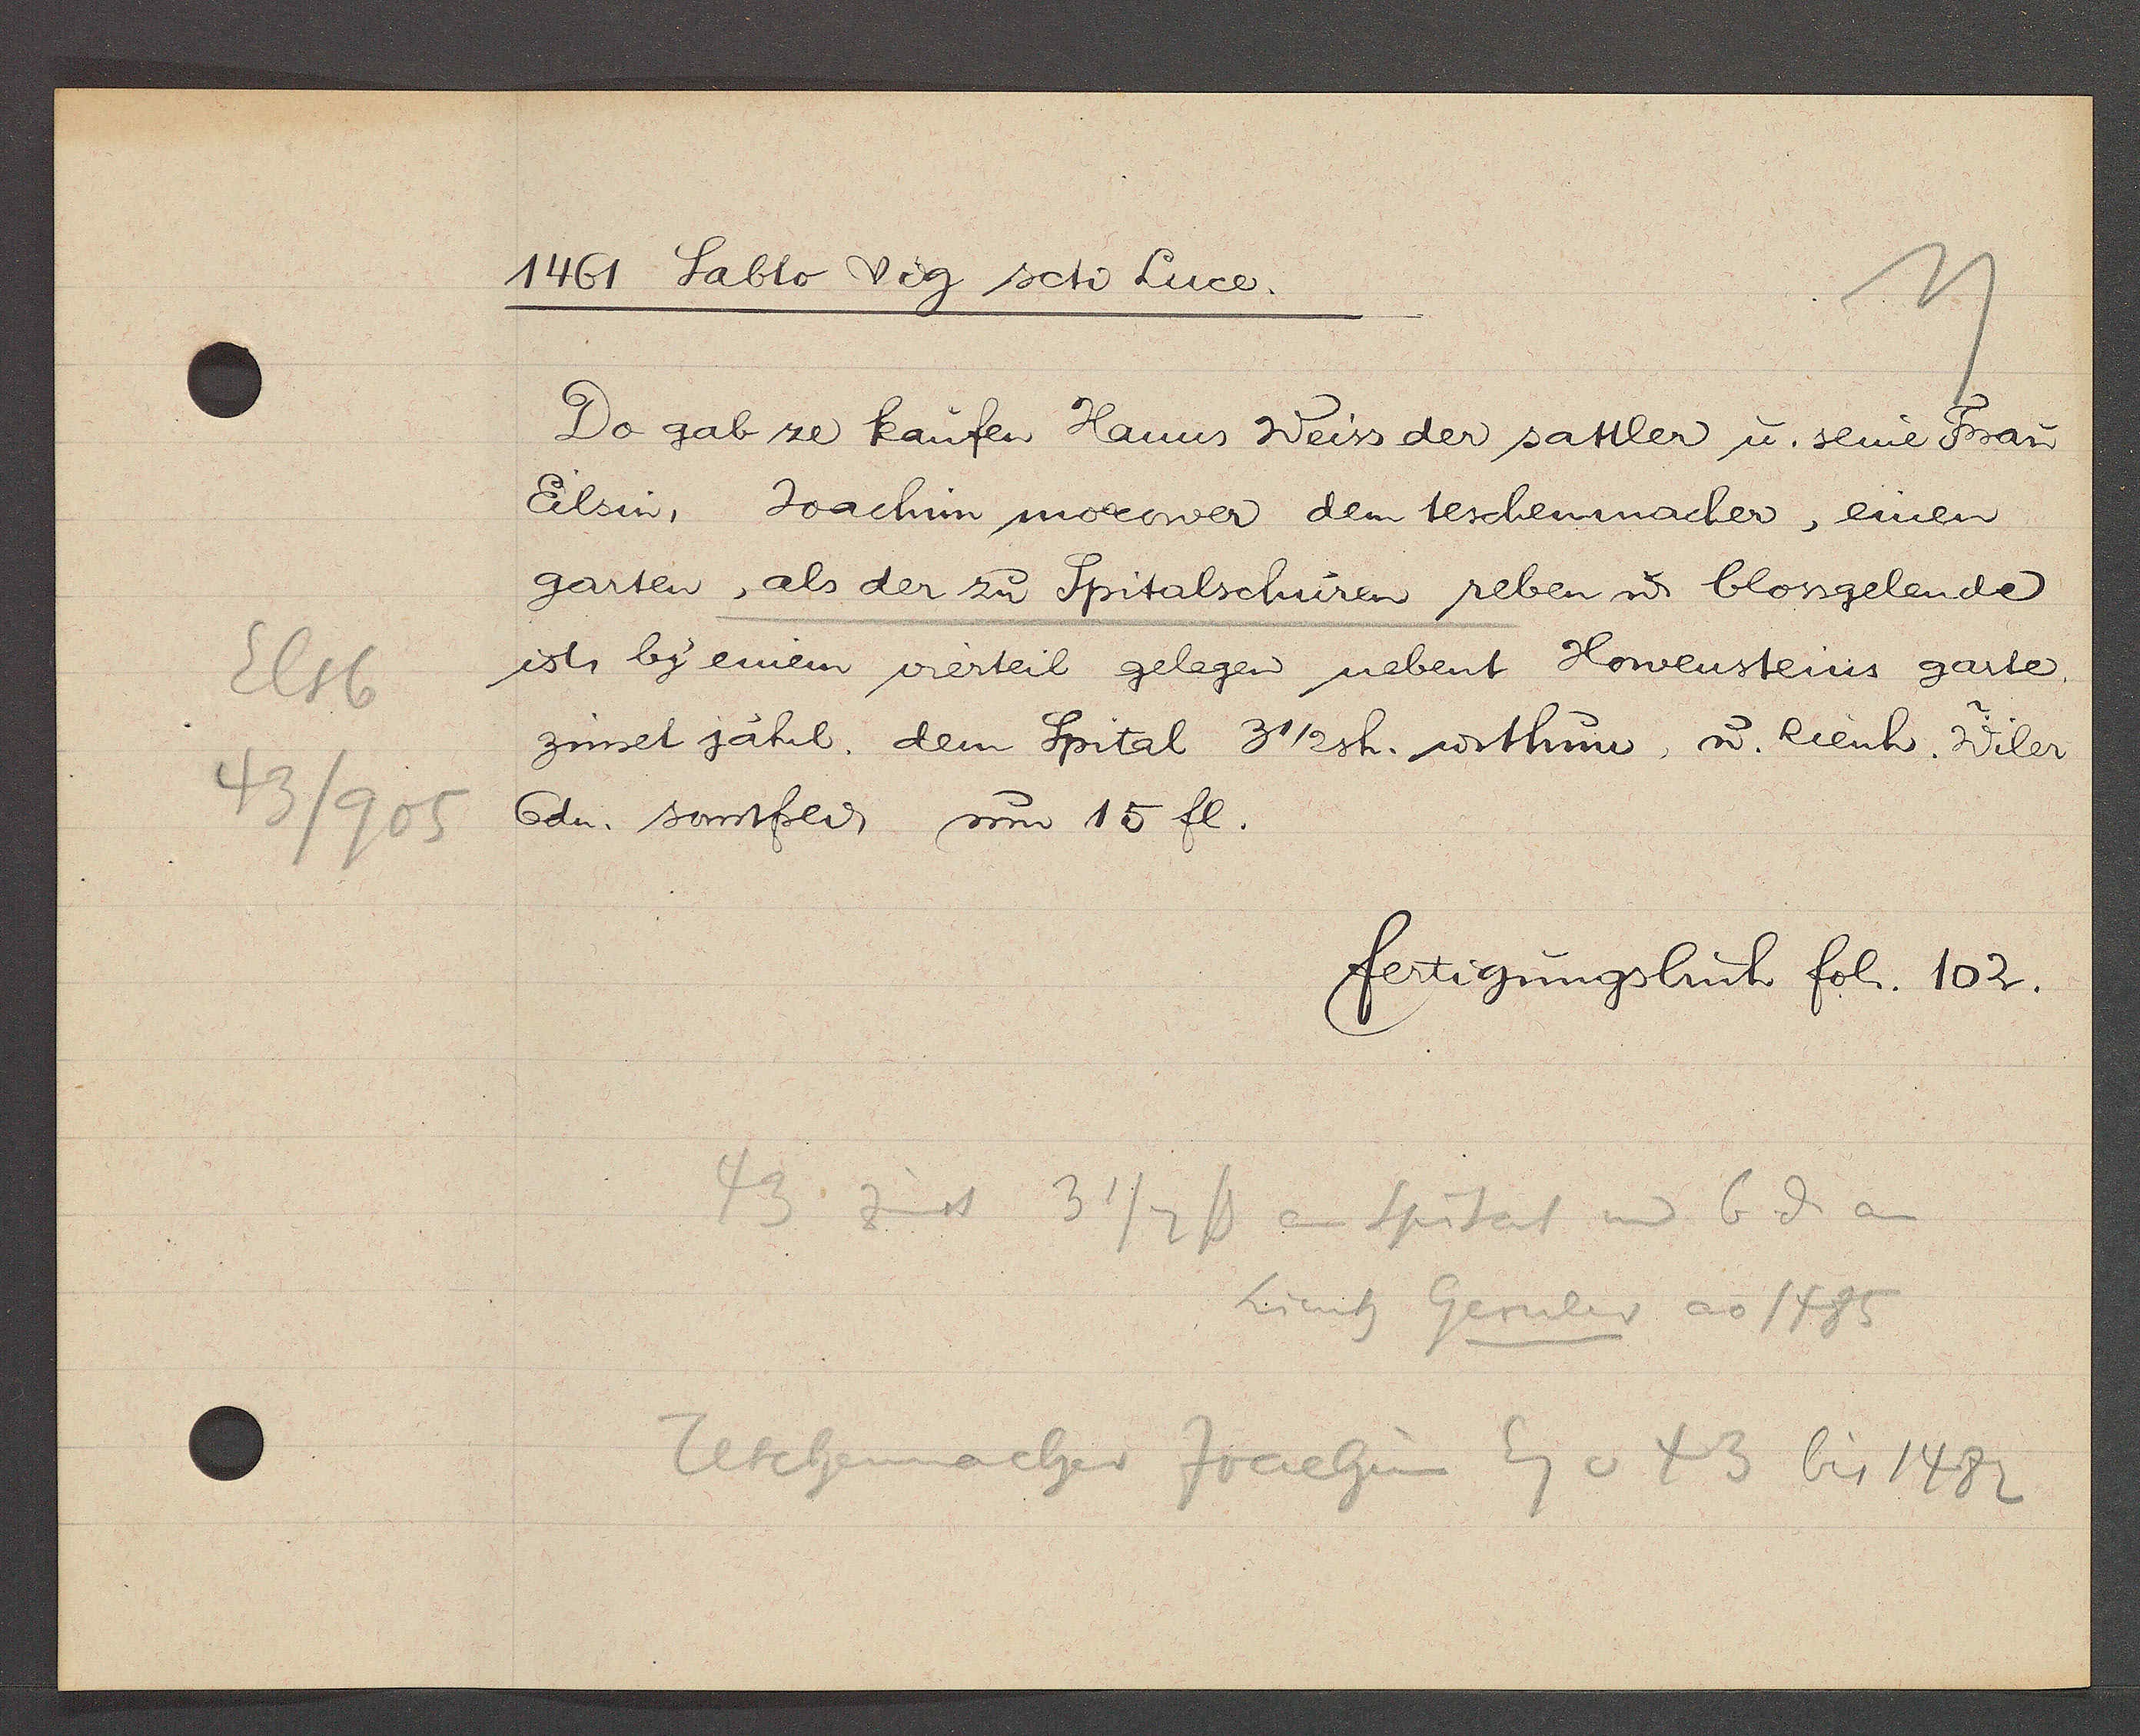
Transcript:
Elsb
43/905

1461 Sabto vig scto Luce.

Do gab ze kaufen Hanns Weiss der sattler u. seine Frau
Eilsin, Joachin morower dem teschenmacher, einen
garten, als der zu Spitalschuren reben u. blossgelende
ist by einem vierteil gelegen nebent Howensteins garte
zinset jährl. dem Spital 3 1/2 sh. wsthum, u. Rienh. Wiler
6dn. sonstfrei, um 15 fl.

fertigungsbuch fol. 102.

43 zinst 3 1/2 ß an Spital und 6 ȡ an
Lienh Gernler ao 1485
Teschenmacher Joachin Eg v 43 bis 1482